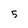
Character: 5